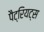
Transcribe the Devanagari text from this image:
पैट्रियट्स